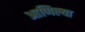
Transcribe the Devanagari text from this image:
आणिल्या